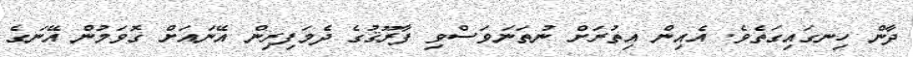
ދާން ހިނގައިގަތެވެ. އެއިން އިތުރަށް ނުތަނަވަސްވި ފާރޫޤުގެ ދެމަފިރިން އޭނައަށް ގޮވަމުން އޭނަގެ